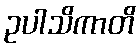
ဥပါသိကာတိ